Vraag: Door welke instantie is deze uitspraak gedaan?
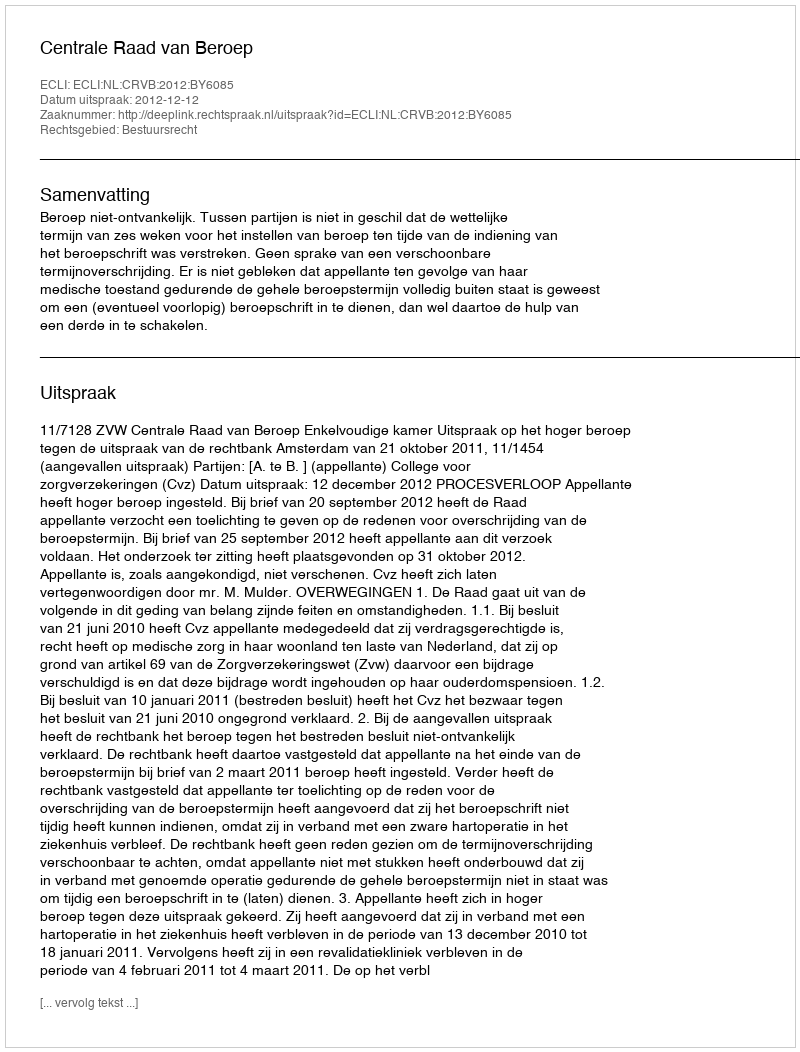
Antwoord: Centrale Raad van Beroep